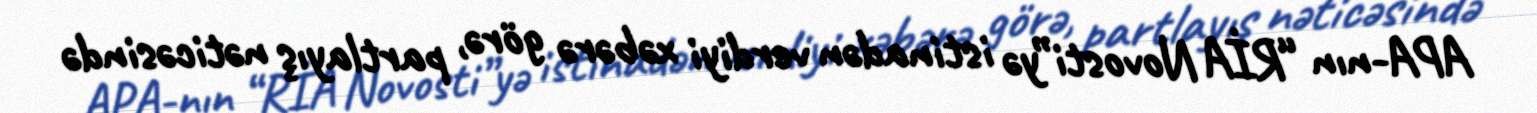
APA-nın “RİA Novosti”yə istinadən verdiyi xəbərə görə, partlayış nəticəsində